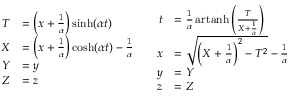
{ \begin{array} { c c } { { \begin{array} { r l } { T } & { = \left( x + { \frac { 1 } { \alpha } } \right) \sinh ( \alpha t ) } \\ { X } & { = \left( x + { \frac { 1 } { \alpha } } \right) \cosh ( \alpha t ) - { \frac { 1 } { \alpha } } } \\ { Y } & { = y } \\ { Z } & { = z } \end{array} } } & { { \begin{array} { r l } { t } & { = { \frac { 1 } { \alpha } } \operatorname { a r t a n h } \left( { \frac { T } { X + { \frac { 1 } { \alpha } } } } \right) } \\ { x } & { = { \sqrt { \left( X + { \frac { 1 } { \alpha } } \right) ^ { 2 } - T ^ { 2 } } } - { \frac { 1 } { \alpha } } } \\ { y } & { = Y } \\ { z } & { = Z } \end{array} } } \end{array} }